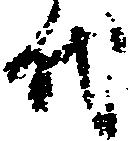
代